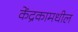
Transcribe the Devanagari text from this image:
केंद्रकामधील